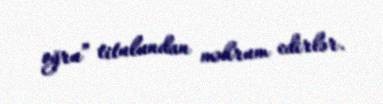
oğru” titulundan məhrum edirlər.